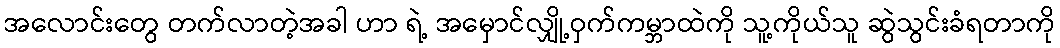
အလောင်းတွေ တက်လာတဲ့အခါ ဟာ ရဲ့ အမှောင်လျှို့ဝှက်ကမ္ဘာထဲကို သူ့ကိုယ်သူ ဆွဲသွင်းခံရတာကို